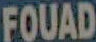
FOUAD